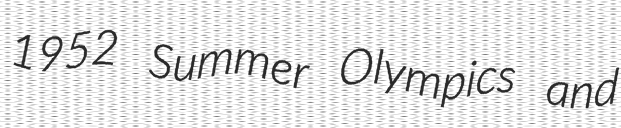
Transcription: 1952 Summer Olympics and